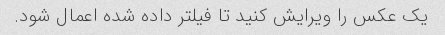
یک عکس را ویرایش کنید تا فیلتر داده شده اعمال شود.